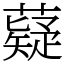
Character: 薿